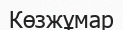
Көзжұмар